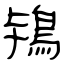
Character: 鴇